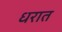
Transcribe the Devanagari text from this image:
धरात